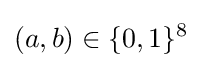
(a,b)\in \{0,1\}^{8}